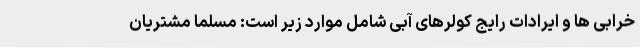
خرابی ها و ایرادات رایج کولرهای آبی شامل موارد زیر است: مسلما مشتریان